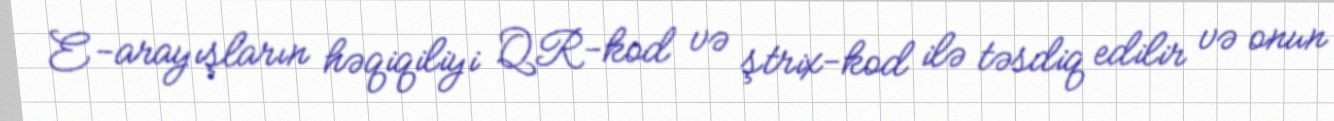
E-arayışların həqiqiliyi QR-kod və ştrix-kod ilə təsdiq edilir və onun